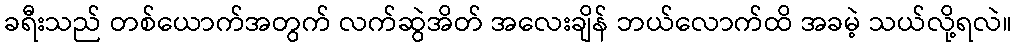
ခရီးသည် တစ်ယောက်အတွက် လက်ဆွဲအိတ် အလေးချိန် ဘယ်လောက်ထိ အခမဲ့ သယ်လို့ရလဲ။